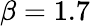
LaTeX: \beta=1.7